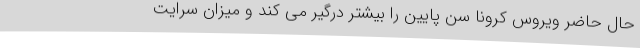
حال حاضر ویروس کرونا سن پایین را بیشتر درگیر می کند و میزان سرایت